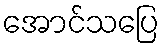
အောင်သပြေ